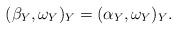
LaTeX: \begin{align*}(\beta_Y, \omega_Y)_Y=(\alpha_Y, \omega_Y)_Y.\end{align*}